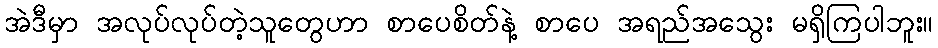
အဲဒီမှာ အလုပ်လုပ်တဲ့သူတွေဟာ စာပေစိတ်နဲ့ စာပေ အရည်အသွေး မရှိကြပါဘူး။